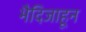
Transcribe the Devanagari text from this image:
भैदिजाहून